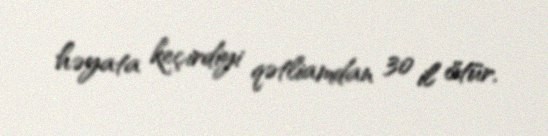
həyata keçirdiyi qətliamdan 30 il ötür.